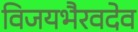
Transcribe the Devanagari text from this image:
विजयभैरवदेव